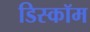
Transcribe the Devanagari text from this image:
डिस्कॉम